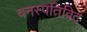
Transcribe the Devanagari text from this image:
वनस्पतिविद